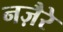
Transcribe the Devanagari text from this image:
नज़ैरे